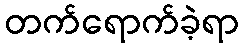
တက်ရောက်ခဲ့ရာ